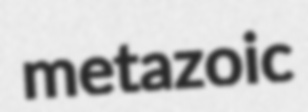
metazoic